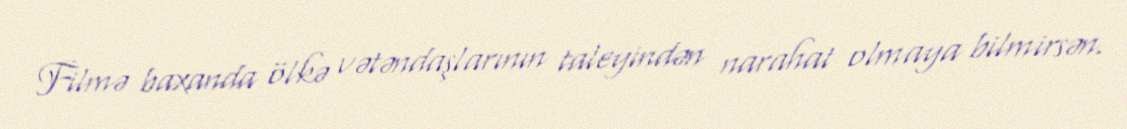
Filmə baxanda ölkə vətəndaşlarının taleyindən narahat olmaya bilmirsən.